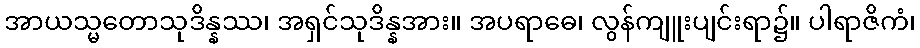
အာယသ္မတောသုဒိန္နဿ၊ အရှင်သုဒိန္နအား။ အပရာဓေ၊ လွန်ကျူးပျင်းရာ၌။ ပါရာဇိကံ၊